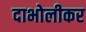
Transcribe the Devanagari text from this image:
दाभोलीकर